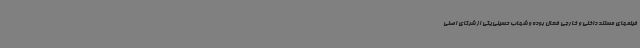
فیلمهای مستند داخلی و خارجی فعال بوده و شهاب حسینی یکی از شرکای اصلی